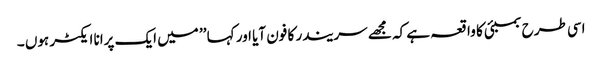
اسی طرح بمبئی کا واقعہ ہے کہ مجھے سریندر کا فون آیا اور کہا ’’ میں ایک پرانا ایکٹر ہوں ۔